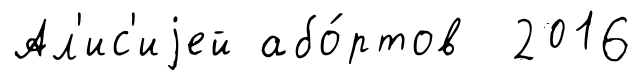
Ал'ис'иjей або́ртов 2016